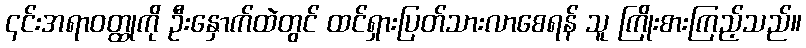
၎င်းအရာဝတ္ထုကို ဦးနှောက်ထဲတွင် ထင်ရှားပြတ်သားလာစေရန် သူ ကြိုးစားကြည့်သည်။